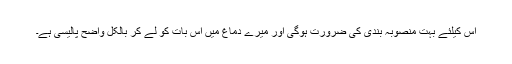
اس کیلئے بہت منصوبہ بندی کی ضرورت ہوگی اور میرے دماغ میں اس بات کو لے کر بالکل واضح پالیسی ہے۔